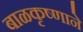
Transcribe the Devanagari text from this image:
बाळकृष्णाने